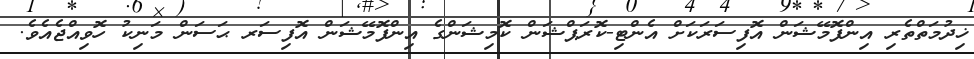
ޚިދުމަތްތެރި އިންފޮމޭޝަން އޮފިސަރަކަށް އެންޓި-ކޮރަޕްޝަން ކޮމިޝަންގެ އިންފޮމޭޝަން އޮފިސަރ ޙަސަން މަނިކު ހޮވިއްޖެއެވެ.